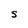
Character: S